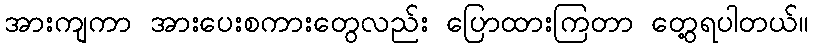
အားကျကာ အားပေးစကားတွေလည်း ပြောထားကြတာ တွေ့ရပါတယ်။